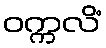
ဝက္ကလိံ